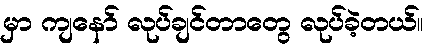
မှာ ကျနော် လုပ်ချင်တာတွေ လုပ်ခဲ့တယ်။